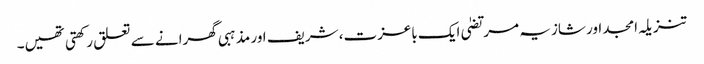
تنزیلہ امجد اور شازیہ مرتضیٰ ایک باعزت، شریف اور مذہبی گھرانے سے تعلق رکھتی تھیں۔